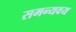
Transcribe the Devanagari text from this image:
समन्यवय